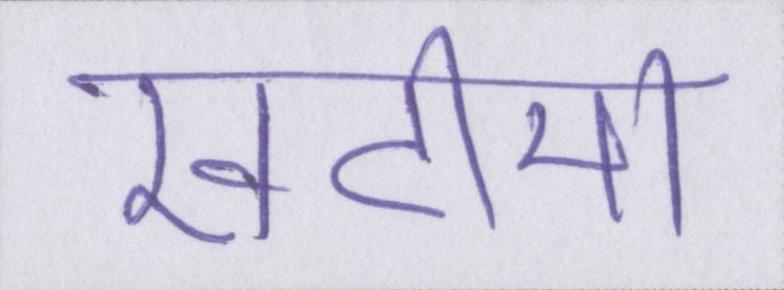
खटीमा